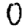
Digit: 0